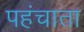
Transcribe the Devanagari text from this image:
पहंचाता